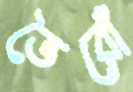
ভৈরোঁ